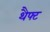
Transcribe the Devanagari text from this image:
थैफ्ट